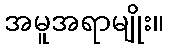
အမူအရာမျိုး။